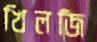
খিলজি